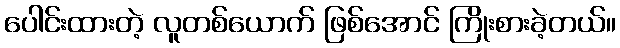
ပေါင်းထားတဲ့ လူတစ်ယောက် ဖြစ်အောင် ကြိုးစားခဲ့တယ်။